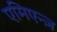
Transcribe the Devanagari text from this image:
एमिएन्ज़